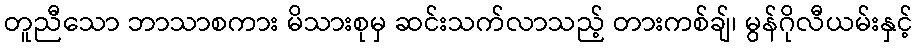
တူညီသော ဘာသာစကား မိသားစုမှ ဆင်းသက်လာသည့် တားကစ်ချ်၊ မွန်ဂိုလီယမ်းနှင့်